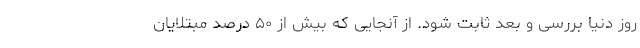
روز دنیا بررسی و بعد ثابت شود. از آنجایی که بیش از ۵۰ درصد مبتلایان